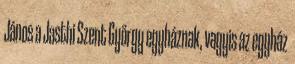
János a Jasthi Szent György­ egyháznak, vagyis az egyház